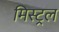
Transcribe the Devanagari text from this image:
मिस्ट्रल